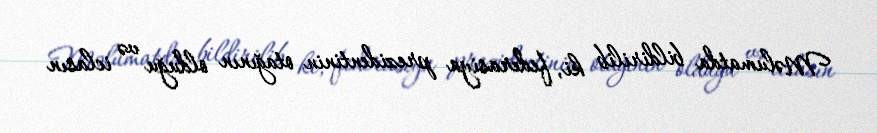
Məlumatda bildirilib ki, federasiya prezidentinin otağının olduğu və iclasın